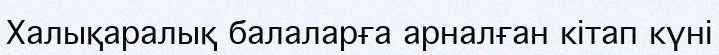
Халықаралық балаларға арналған кітап күні